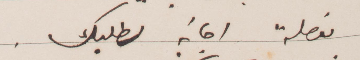
مفصلة إجابة لطلبك.